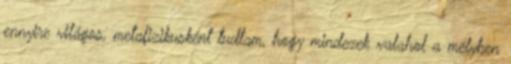
ennyire világos, metafizikusként tudtam, hogy mindezek valahol a mélyben